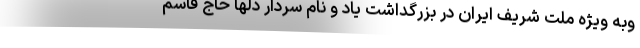
وبه ویژه ملت شریف ایران در بزرگداشت یاد و نام سردار دلها حاج قاسم